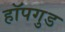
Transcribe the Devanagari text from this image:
हॉपगुड